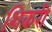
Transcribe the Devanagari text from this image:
शिकरी